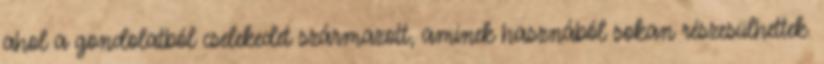
ahol a gondolatból cselekedet származott, aminek hasznából sokan részesülhettek.